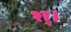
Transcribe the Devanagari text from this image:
श्।